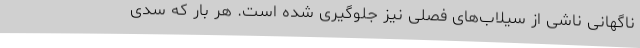
ناگهانی ناشی از سیلاب‌های فصلی نیز جلوگیری شده است. هر بار که سدی